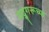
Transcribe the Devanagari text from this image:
सद्गुरूच्या